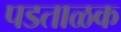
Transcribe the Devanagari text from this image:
पडताळक